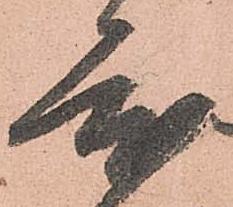
度